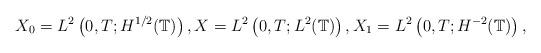
LaTeX: \begin{align*}X_0=L^2\left(0,T; H^{1/2}(\mathbb{T})\right),X=L^2\left(0,T; L^2(\mathbb{T})\right),X_1=L^2\left(0,T; H^{-2}(\mathbb{T})\right),\end{align*}